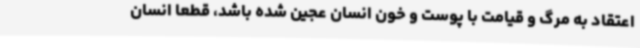
اعتقاد به مرگ و قیامت با پوست و خون انسان عجین شده باشد، قطعا انسان